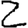
Digit: 2